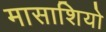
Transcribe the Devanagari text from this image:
मासाशियो